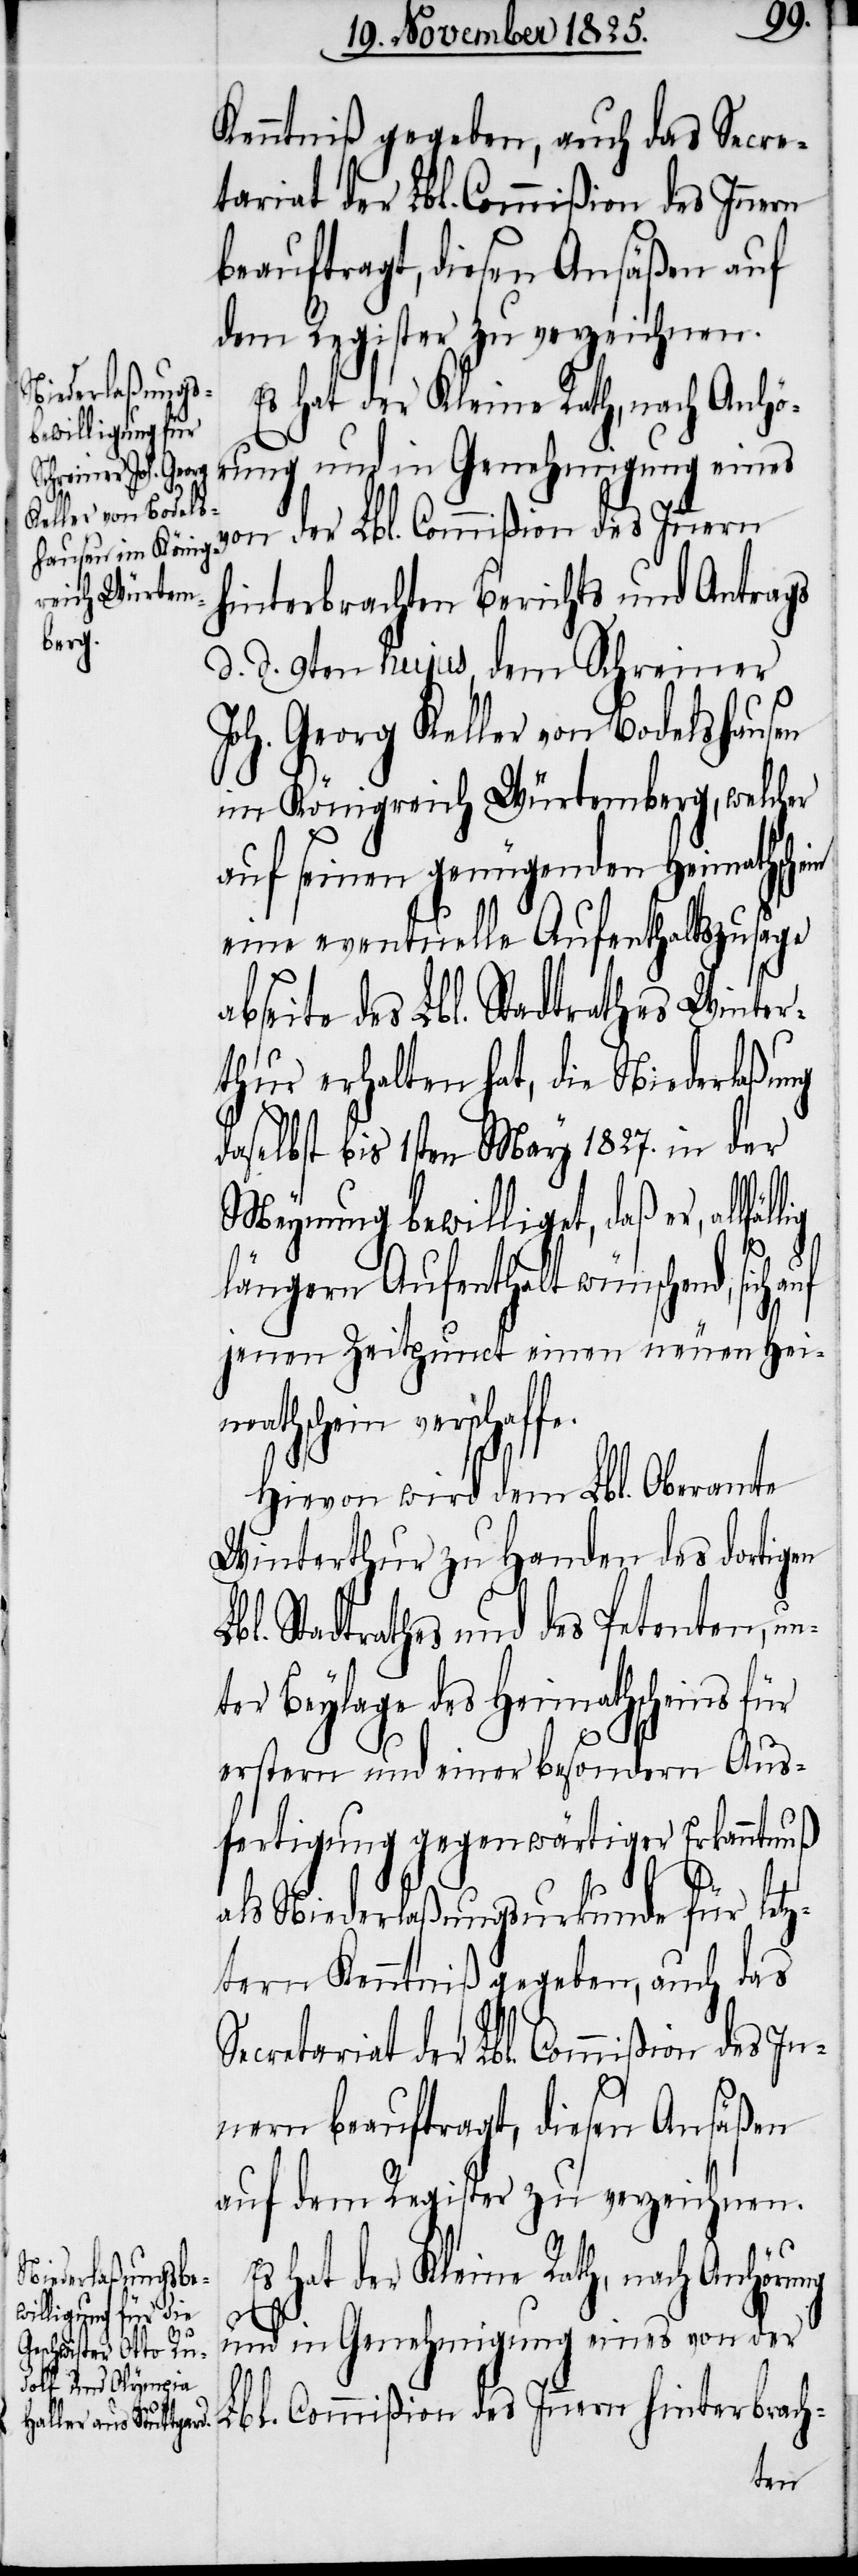
Kenntniß gegeben, auch das Secre¬
tariat der Lbl. Commißion des Innern
beauftragt, diesen Ansäßen auf
dem Register zu verzeichnen.
Es hat der Kleine Rath, nach Anhö¬
rung und in Genehmigung eines
hinterbrach-
von der Lbl. Commißion des Innern
hinterbrachten Berichts und Antrags
d. d. 9ten hujus, dem Schreiner
Joh. Georg Keller von Bodelshausen
im Königreich Würtemberg, welcher
auf seinen genügenden Heimathschein
eine eventuelle Aufenthaltszusage
abseite des Lbl. Stadtrathes Winter¬
thur erhalten hat, die Niederlaßung
daselbst bis 1sten May 1827. in der
Meynung bewilliget, daß er, all¬
fe.
längern Aufenthalt wünschend, sich
jenen Zeitpunct einen neuen Heim¬
athschein verschaf¬
Hievon wird dem Lbl. Oberamte
Winterthur zu Handen des dortigen
bl. Stadtrathes und des Petenten, un¬
ter Beylage des Heimathscheins für
erstern und einer besondern Aus¬
fertigung gegenwärtiger Erkanntnuß
als Niederlaßungsurkunde für letz¬
L¬
tern